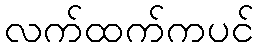
လက်ထက်ကပင်